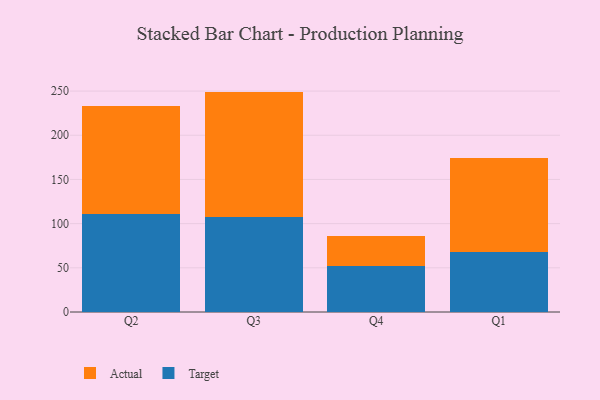
{"axis": {"x": "Quarter", "y": "Churn Rate (%)"}, "legend": ["Actual", "Target"], "data": [{"x": "Q2", "y": 110.4, "type": "Target"}, {"x": "Q2", "y": 122.4, "type": "Actual"}, {"x": "Q3", "y": 107.1, "type": "Target"}, {"x": "Q3", "y": 142.3, "type": "Actual"}, {"x": "Q4", "y": 52.6, "type": "Target"}, {"x": "Q4", "y": 33.2, "type": "Actual"}, {"x": "Q1", "y": 68.2, "type": "Target"}, {"x": "Q1", "y": 105.8, "type": "Actual"}]}